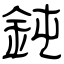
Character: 鈍